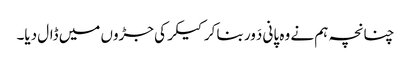
چنانچہ ہم نے وہ پانی دَور بنا کر کیکر کی جڑوں میں ڈال دیا۔